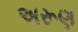
અરૂણ